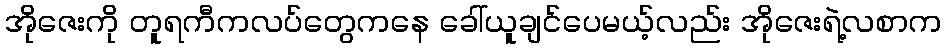
အိုဇေးကို တူရကီကလပ်တွေကနေ ခေါ်ယူချင်ပေမယ့်လည်း အိုဇေးရဲ့လစာက